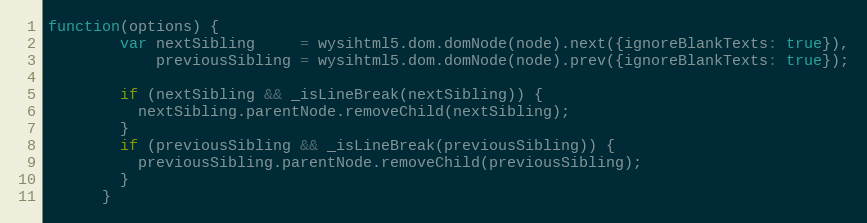
Language: JavaScript
function(options) {
        var nextSibling     = wysihtml5.dom.domNode(node).next({ignoreBlankTexts: true}),
            previousSibling = wysihtml5.dom.domNode(node).prev({ignoreBlankTexts: true});

        if (nextSibling && _isLineBreak(nextSibling)) {
          nextSibling.parentNode.removeChild(nextSibling);
        }
        if (previousSibling && _isLineBreak(previousSibling)) {
          previousSibling.parentNode.removeChild(previousSibling);
        }
      }